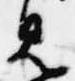
見